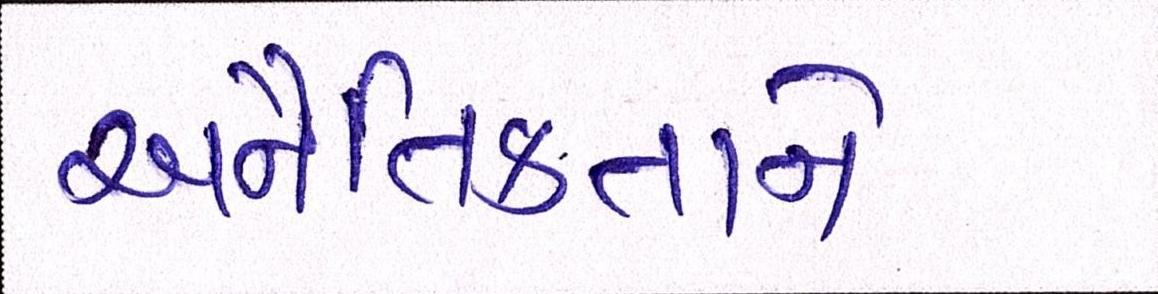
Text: અનૈતિકતાને